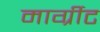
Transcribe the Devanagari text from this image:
मार्ग्रीट